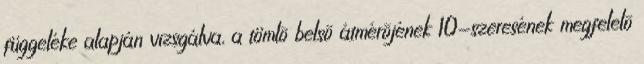
függeléke alapján vizsgálva, a tömlõ belsõ átmérõjének 10-szeresének megfelelõ